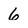
Character: 6